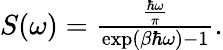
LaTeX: \begin{array}{r}{S(\omega)=\frac{\frac{\hbar\omega}{\pi}}{\exp\left(\beta\hbar\omega\right)-1}.}\end{array}